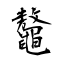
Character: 鼇